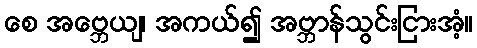
စေ အဗ္ဘေယျ၊ အကယ်၍ အဗ္ဘာန်သွင်းငြားအံ့။